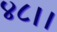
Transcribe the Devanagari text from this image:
४८।।